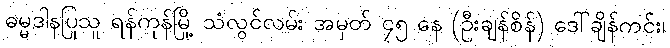
ဓမ္မဒါနပြုသူ ရန်ကုန်မြို့ သံလွင်လမ်း အမှတ် ၄၅ နေ (ဦးချန်စိန်) ဒေါ်ချိန်ကင်း၊